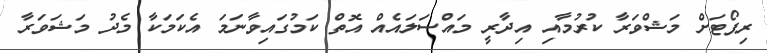
ރިޕޯޓަށް މަޝްވަރާ ކުރުމާއި އިދާރީ މައްސަލައެއް އޮތް ކަމުގައިވާނަމަ އެކަމަކާ މެދު މަޝަވަރާ